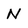
Character: N